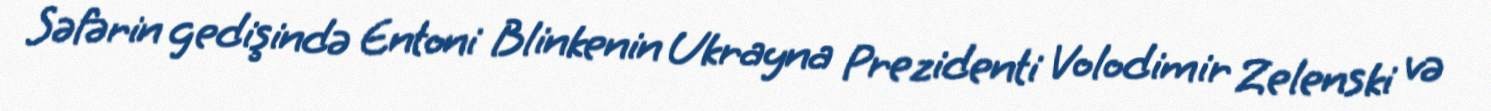
Səfərin gedişində Entoni Blinkenin Ukrayna Prezidenti Volodimir Zelenski və